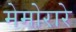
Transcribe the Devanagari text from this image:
मेमोरारे